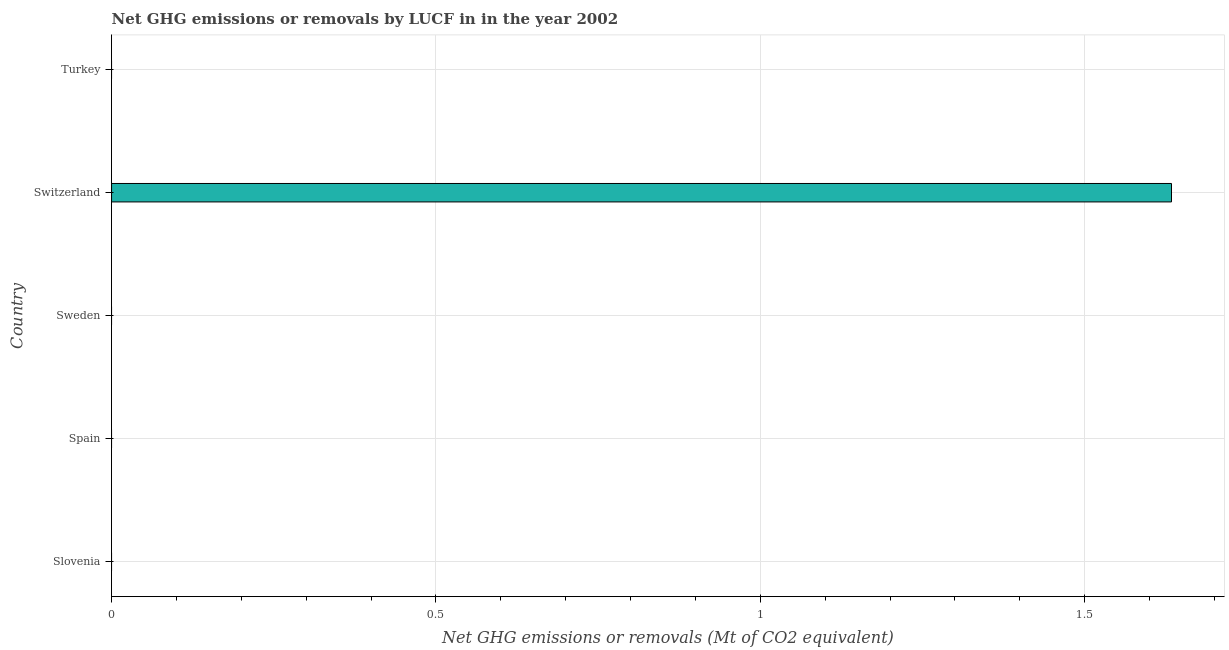
| Country | GHG net emissions or removals |
 | --- | --- |
 | Slovenia | -8.49 |
 | Spain | -23.4 |
 | Sweden | -41 |
 | Switzerland | 1.63 |
 | Turkey | -68.8 |